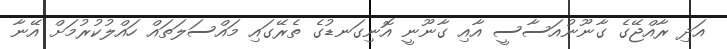
އަދި ރާއްޖޭގެ ގާނޫނުއަސާސީ އާއި ގާނޫނީ އޮނިގަނޑުގެ ތެރޭގައި މައްސަލަތައް ހައްލުކުރުމަށް އޭނާ